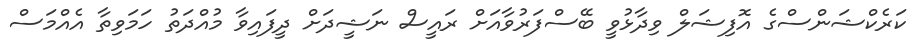
ކަރެކްޝަންސްގެ އޮފިޝަލް ވިދާޅުވީ ބޭސްފަރުވާއަށް ރައީސް ނަޝީދަށް ދީފައިވާ މުއްދަތު ހަމަވިތާ އެއްމަސް